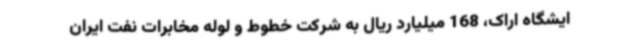
ایشگاه اراک، 168 میلیارد ریال به شرکت خطوط و لوله مخابرات نفت ایران